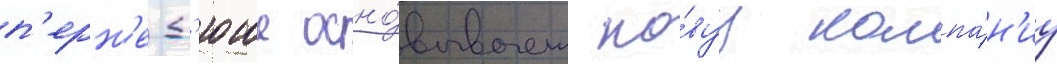
п'ерн'е-д'юше осно́вывает но́вуу компа́н'иу